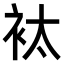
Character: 𧘹